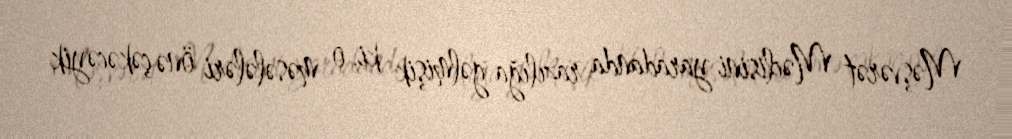
Məşvərət Məclisini yaradanda razılığa gəlmişik ki, o məsələləri önə çəkəcəyik